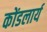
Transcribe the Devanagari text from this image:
कोंडलार्य